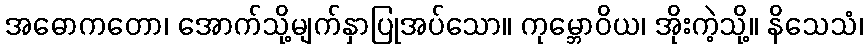
အဓောကတော၊ အောက်သို့မျက်နှာပြုအပ်သော။ ကုမ္ဘောဝိယ၊ အိုးကဲ့သို့။ နိသေသံ၊